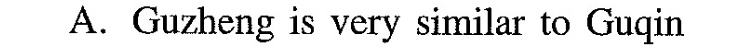
A.Guzheng is very similar to Guqin